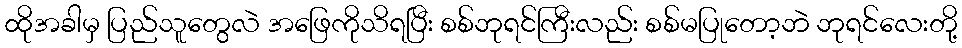
ထိုအခါမှ ပြည်သူတွေလဲ အဖြေကိုသိရပြီး စစ်ဘုရင်ကြီးလည်း စစ်မပြုတော့ဘဲ ဘုရင်လေးတို့